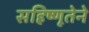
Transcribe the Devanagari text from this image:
सहिष्णूतेने